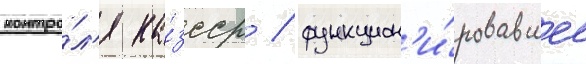
контро́л'я ка́зсср / функцион'и́ровавшее